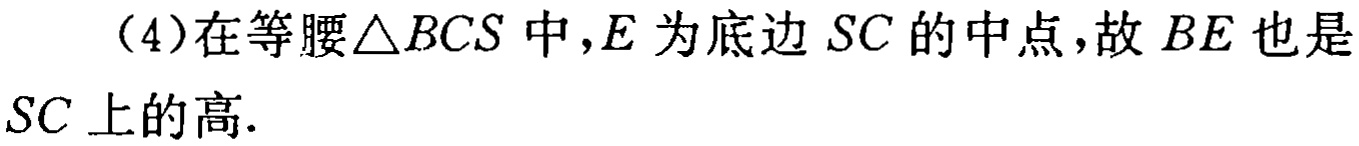
（4）在等腰$\triangle BCS$中，$E$为底边$SC$的中点，故$BE$也是$SC$上的高.